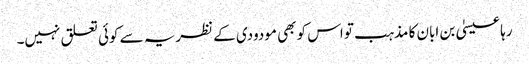
رہا عیسیٰ بن ابان کا مذہب تو اس کو بھی مودودی کے نظریہ سے کوئی تعلق نہیں۔